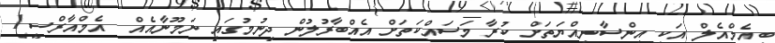
ބީއެމްއެލް އަކީ އިންސާނިއްޔަތަށް ކުރާ މަސައްކަތަށް އެއްބާރުލުން ދިނުމުގައި ނަމޫނާއެއް  އެމްއާރްސީ1